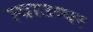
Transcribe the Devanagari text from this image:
त्याउप्पर